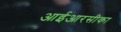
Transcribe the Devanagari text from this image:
आईआरसीका